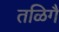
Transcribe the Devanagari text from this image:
तळिगै